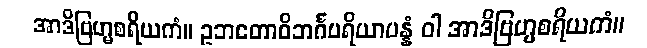
အာဒိဗြဟ္မစရိယကံ။ ဥဘတောဝိဘင်္ဂပရိယာပန္နံ ဝါ အာဒိဗြဟ္မစရိယကံ။